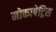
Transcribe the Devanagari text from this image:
मोकापेट्रिस